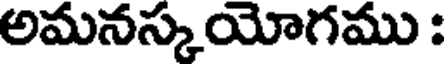
అమనస్కయోగము :